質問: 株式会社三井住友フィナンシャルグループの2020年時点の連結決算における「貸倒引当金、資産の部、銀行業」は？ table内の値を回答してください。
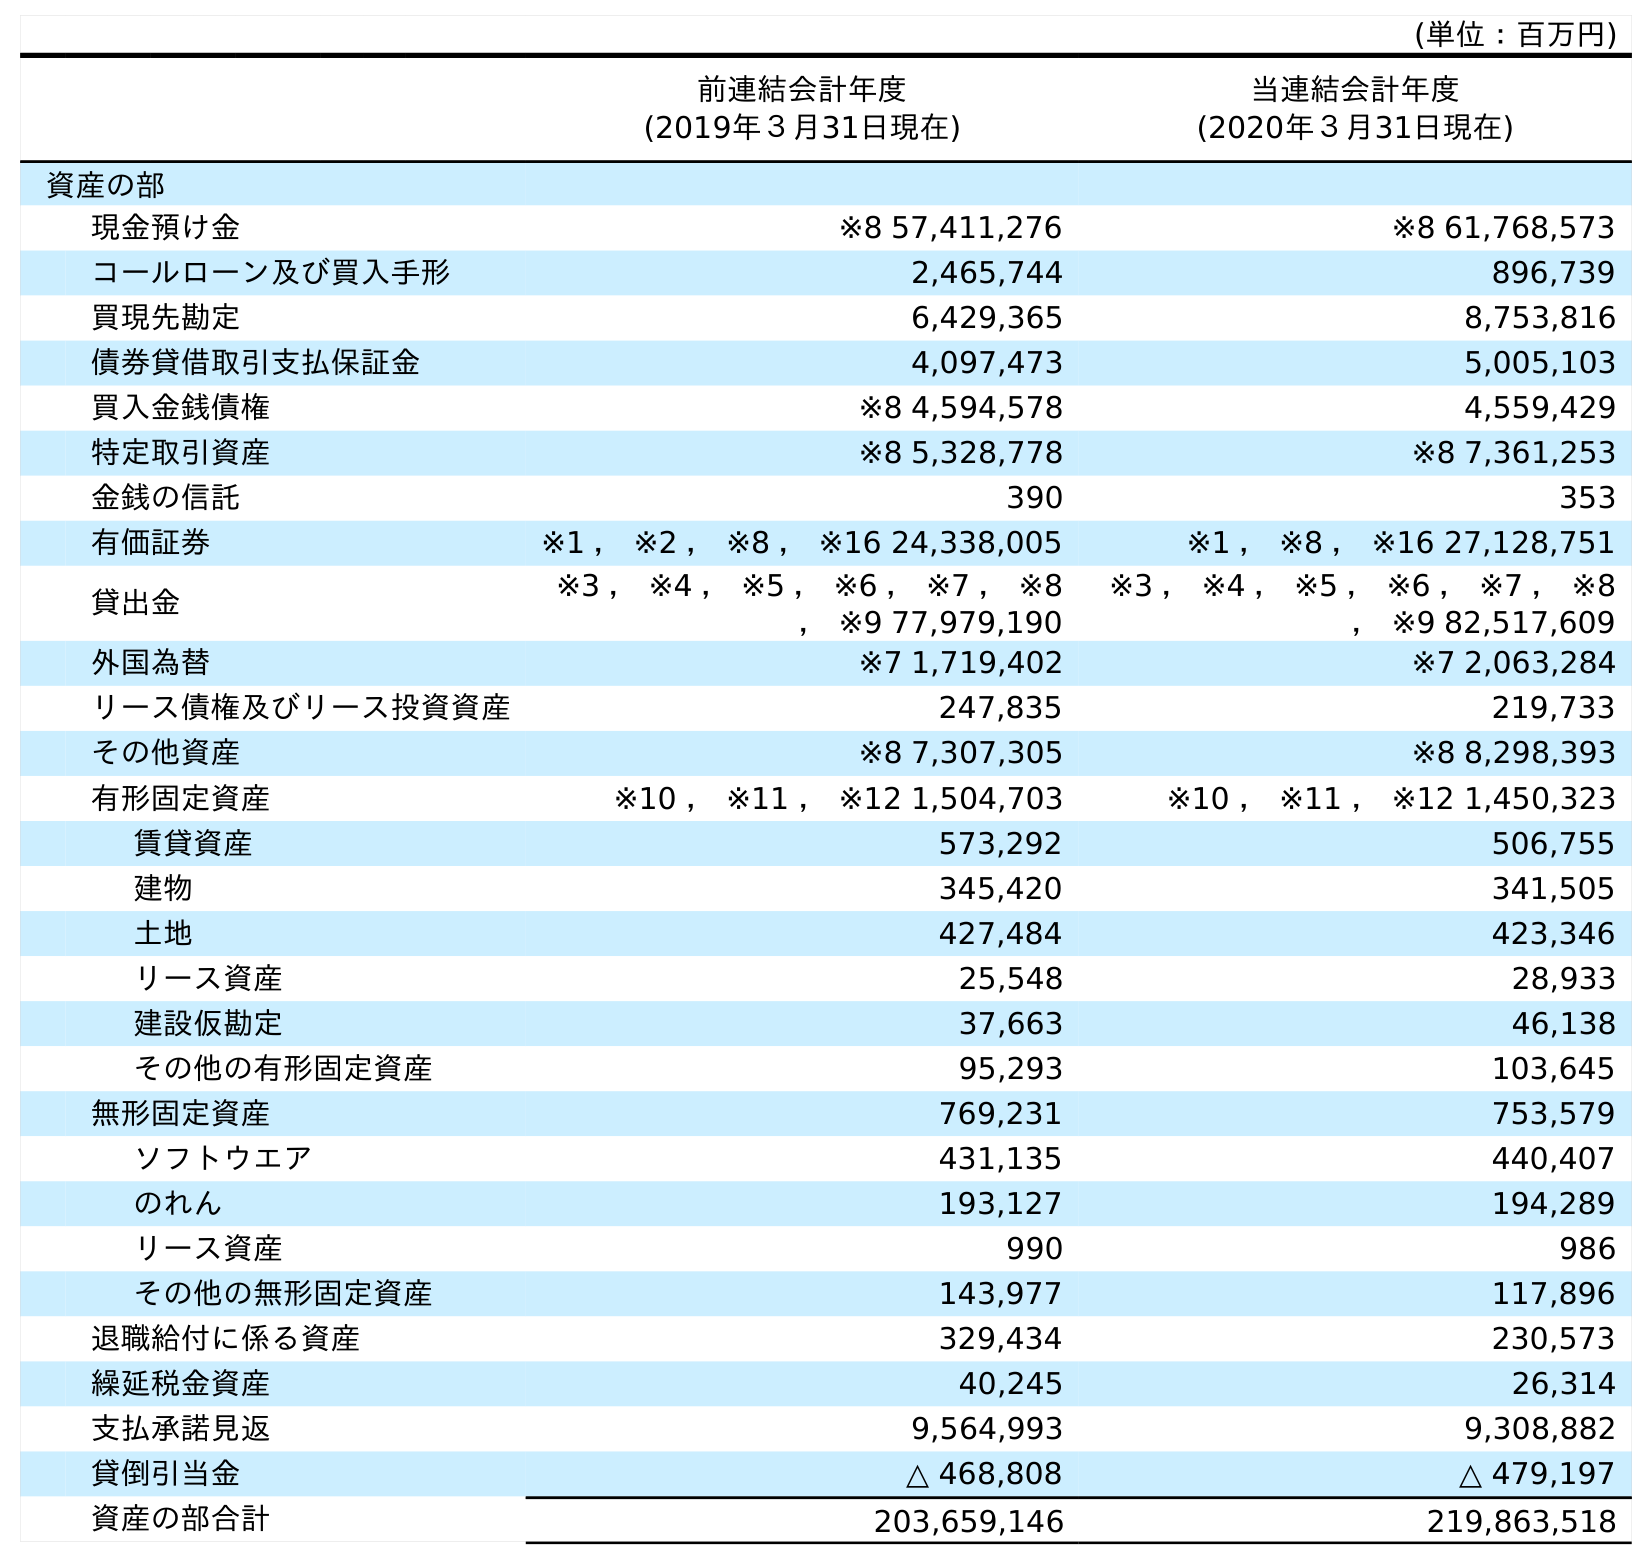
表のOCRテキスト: (単位：百万円) 前連結会計年度 (2019年３月31日現在) 当連結会計年度 (2020年３月31日現在) 資産の部 現金預け金 ※8 57,411,276 ※8 61,768,573 コールローン及び買入手形 2,465,744 896,739 買現先勘定 6,429,365 8,753,816 債券貸借取引支払保証金 4,097,473 5,005,103 買入金銭債権 ※8 4,594,578 4,559,429 特定取引資産 ※8 5,328,778 ※8 7,361,253 金銭の信託 390 353 有価証券 ※1 ， ※2 ， ※8 ， ※16 24,338,005 ※1 ， ※8 ， ※16 27,128,751 貸出金 ※3 ， ※4 ， ※5 ， ※6 ， ※7 ， ※8 ， ※9 77,979,190 ※3 ， ※4 ， ※5 ， ※6 ， ※7 ， ※8 ， ※9 82,517,609 外国為替 ※7 1,719,402 ※7 2,063,284 リース債権及びリース投資資産 247,835 219,733 その他資産 ※8 7,307,305 ※8 8,298,393 有形固定資産 ※10 ， ※11 ， ※12 1,504,703 ※10 ， ※11 ， ※12 1,450,323 賃貸資産 573,292 506,755 建物 345,420 341,505 土地 427,484 423,346 リース資産 25,548 28,933 建設仮勘定 37,663 46,138 その他の有形固定資産 95,293 103,645 無形固定資産 769,231 753,579 ソフトウエア 431,135 440,407 のれん 193,127 194,289 リース資産 990 986 その他の無形固定資産 143,977 117,896 退職給付に係る資産 329,434 230,573 繰延税金資産 40,245 26,314 支払承諾見返 9,564,993 9,308,882 貸倒引当金 △ 468,808 △ 479,197 資産の部合計 203,659,146 219,863,518
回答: △479,197